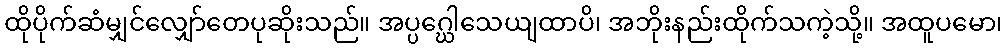
ထိုပိုက်ဆံမျှင်လျှော်တေပုဆိုးသည်။ အပ္ပဂ္ဃေါသေယျထာပိ၊ အဘိုးနည်းထိုက်သကဲ့သို့။ အထူပမော၊